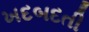
ખદબદતી